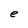
Character: e